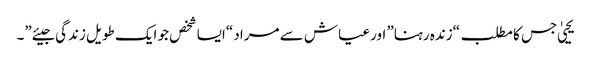
یحییٰ جس کا مطلب “زندہ رہنا” اور عیاش سے مراد “ایسا شخص جو ایک طویل زندگی جیئے”۔